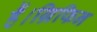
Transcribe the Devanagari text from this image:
हैं।ग्रिफिन